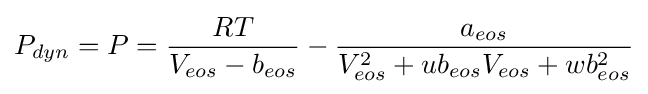
P_{dyn}=P={\frac {RT}{V_{eos}-b_{eos}}}-{\frac {a_{eos}}{V_{eos}^{2}+ub_{eos}V_{eos}+wb_{eos}^{2}}}